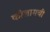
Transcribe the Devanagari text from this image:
कोलामची